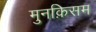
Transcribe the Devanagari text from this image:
मुनक़िसम